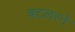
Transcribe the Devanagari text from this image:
बटलरने